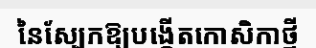
នៃស្បែកឱ្យបង្កើតកោសិកាថ្មី